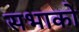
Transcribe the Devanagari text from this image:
सभाको